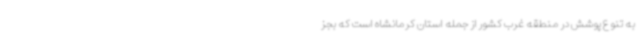
به تنوع پوشش در منطقه غرب کشور از جمله استان‌ کرمانشاه است که بجز